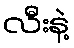
လီးနဲ့